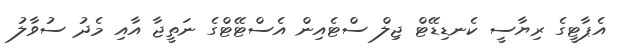
އެޕާޓީގެ ރިޔާސީ ކެނޑިޑޭޓް ޖިލް ސްޓެއިން އެސްޓޭޓްގެ ނަތީޖާ އާއި މެދު ސުވާލު